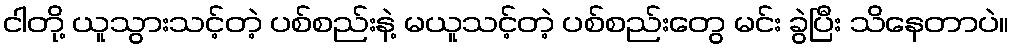
ငါတို့ ယူသွားသင့်တဲ့ ပစ်စည်းနဲ့ မယူသင့်တဲ့ ပစ်စည်းတွေ မင်း ခွဲပြီး သိနေတာပဲ။